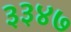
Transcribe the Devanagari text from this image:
३३४७